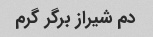
دم شیراز برگر گرم